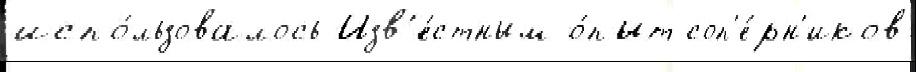
испо́льзовалось Изв'е́стным о́пыт соп'е́рн'иков